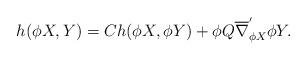
LaTeX: \begin{align*}h(\phi X, Y)=Ch(\phi X,\phi Y)+\phi Q\overline{\nabla}^{'}_{\phi X} \phi Y. \end{align*}